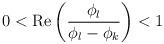
LaTeX: \begin{align*}0<{\rm Re}\left(\frac{\phi_l}{\phi_l-\phi_k}\right)<1\end{align*}